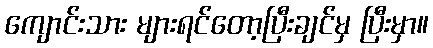
ကျောင်းသား များရင်တော့ပြီးချင်မှ ပြီးမှာ။